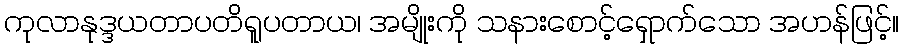
ကုလာနုဒ္ဒယတာပတိရူပတာယ၊ အမျိုးကို သနားစောင့်ရှောက်သော အဟန်ဖြင့်။